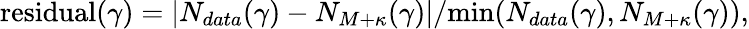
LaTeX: \begin{array}{r}{\mathrm{residual}(\gamma)=|N_{data}(\gamma)-N_{M+\kappa}(\gamma)|/\mathrm{min}(N_{data}(\gamma),N_{M+\kappa}(\gamma)),}\end{array}